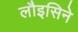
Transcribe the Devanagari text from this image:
लौइसिने